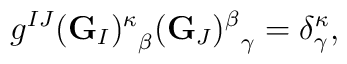
g^{IJ} {({\bf G}_I)^\kappa}_\beta {({\bf G}_J)^\beta}_\gamma=\delta^\kappa_\gamma,